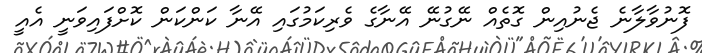
ފޮނުވާލާނެ ޖެނުއިިން ގޮތެއް ނޭގުނޭ އޭނާގެ ވެރިކަމުގައި އޭނާ ކަންކަން ކޮށްފައިވަނީ އެއީ